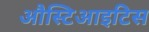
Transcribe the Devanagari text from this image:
औस्टिआइटिस